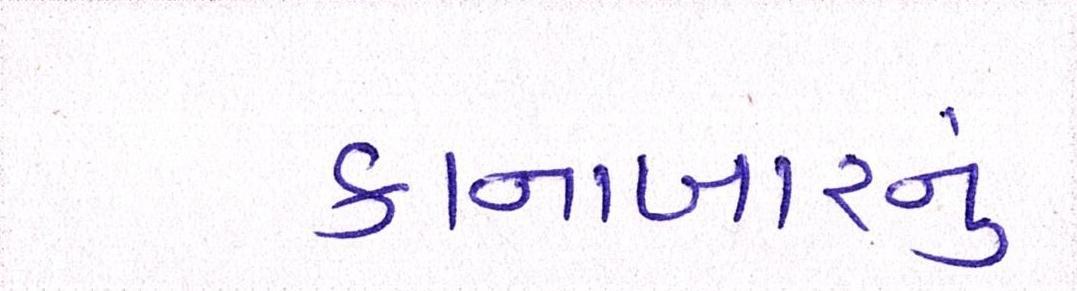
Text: કાનાબારનું